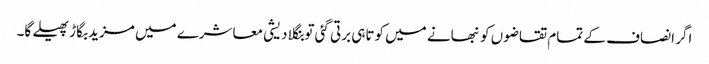
اگر انصاف کے تمام تقاضوں کو نبھانے میں کوتاہی برتی گئی تو بنگلا دیشی معاشرے میں مزید بگاڑ پھیلے گا۔